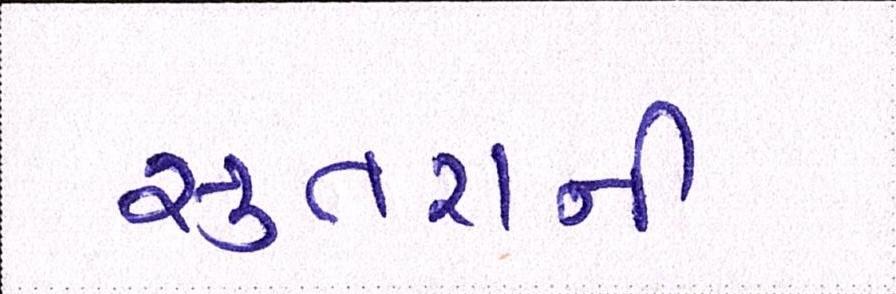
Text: સુતરાની